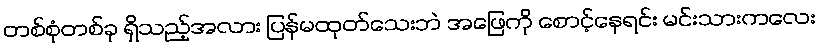
တစ်စုံတစ်ခု ရှိသည့်အလား ပြန်မထုတ်သေးဘဲ အဖြေကို စောင့်နေရင်း မင်းသားကလေး